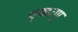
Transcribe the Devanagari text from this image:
वृक्काणु